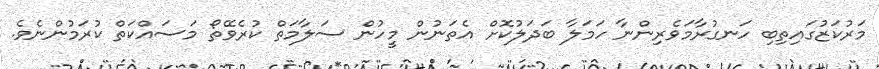
މަރުކަޒުގައިތިބި ހަނގުރާމަވެރިންނާ ހަމަލާ ބަދަލުކޮށް އެތަނުން މީހުން ސަލާމަތް ކުރެވޭތޯ މަސައްކަތް ކުރަމުންނެވެ.